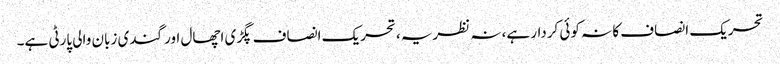
تحریک انصاف کا نہ کوئی کردار ہے، نہ نظریہ، تحریک انصاف پگڑی اچھال اور گندی زبان والی پارٹی ہے۔